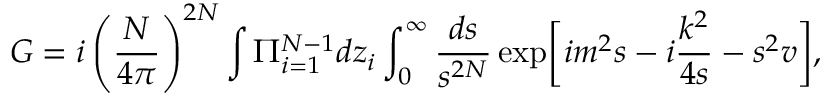
G = i \left( \frac { N } { 4 \pi } \right) ^ { 2 N } \int \Pi _ { i = 1 } ^ { N - 1 } d z _ { i } \int _ { 0 } ^ { \infty } \frac { d s } { s ^ { 2 N } } \, \mathrm { e x p } \biggl [ i m ^ { 2 } s - i \frac { k ^ { 2 } } { 4 s } - s ^ { 2 } v \biggr ] ,